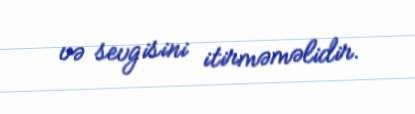
və sevgisini itirməməlidir.